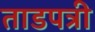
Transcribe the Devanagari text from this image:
ताडपत्री